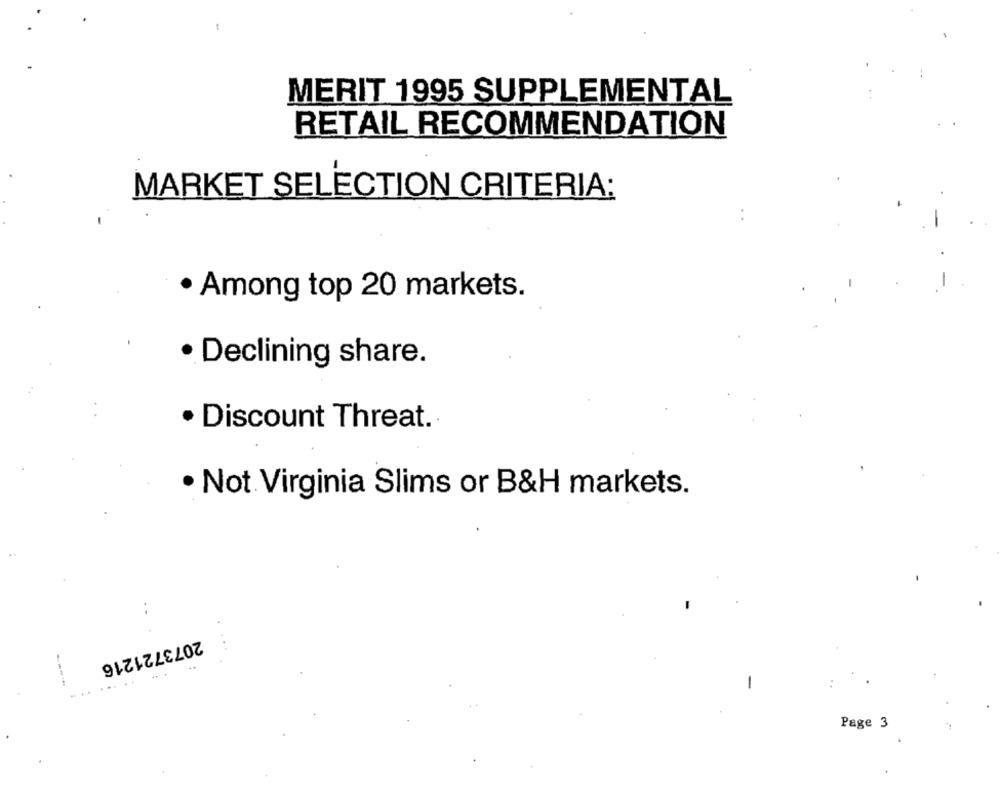
MERIT 1995 SUPPLEMENTAL
RETAIL RECOMMENDATION
MARKET SELECTION CRITERIA:
Among top 20 markets.
· Declining share.
. Discount Threat.
· Not. Virginia Slims or B&H markets.
:
2073721216
-
Page 3